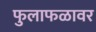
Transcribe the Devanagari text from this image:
फुलाफळावर